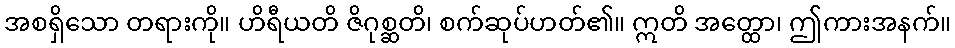
အစရှိသော တရားကို။ ဟိရီယတိ ဇိဂုစ္ဆတိ၊ စက်ဆုပ်ဟတ်၏။ ဣတိ အတ္ထော၊ ဤကားအနက်။